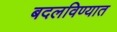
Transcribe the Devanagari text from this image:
बदलविण्यात